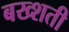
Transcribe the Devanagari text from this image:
बख्शती